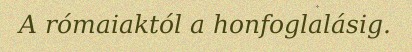
A rómaiaktól a honfoglalásig.